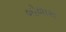
બોળાસ